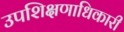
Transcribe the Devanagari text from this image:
उपशिक्षणाधिकारी